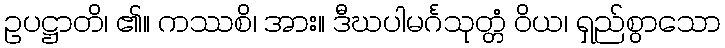
ဥပဋ္ဌာတိ၊ ၏။ ကဿစိ၊ အား။ ဒီဃပါမင်္ဂသုတ္တံ ဝိယ၊ ရှည်စွာသော